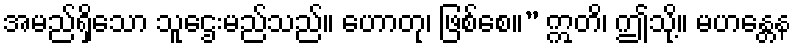
အမည်ရှိသော သူဌေးမည်သည်။ ဟောတု၊ ဖြစ်စေ။” ဣတိ၊ ဤသို့။ မဟန္တေန